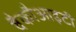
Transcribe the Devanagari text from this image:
वैकौआइटी